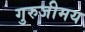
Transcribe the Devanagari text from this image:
गुरुजीमय